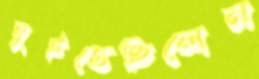
নুইতেছিলেন